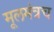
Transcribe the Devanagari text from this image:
मूलमंत्रच